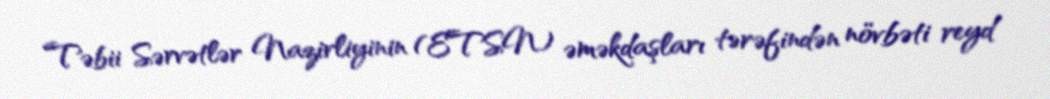
Təbii Sərvətlər Nazirliyinin (ETSN) əməkdaşları tərəfindən növbəti reyd